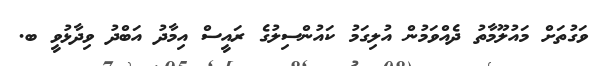
ވަގުތަށް މައުލޫމާތު ދެއްވަމުން އުލިގަމު ކައުންސިލުގެ ރައީސް އިމާދު އަބްދު ވިދާޅުވީ ބ.